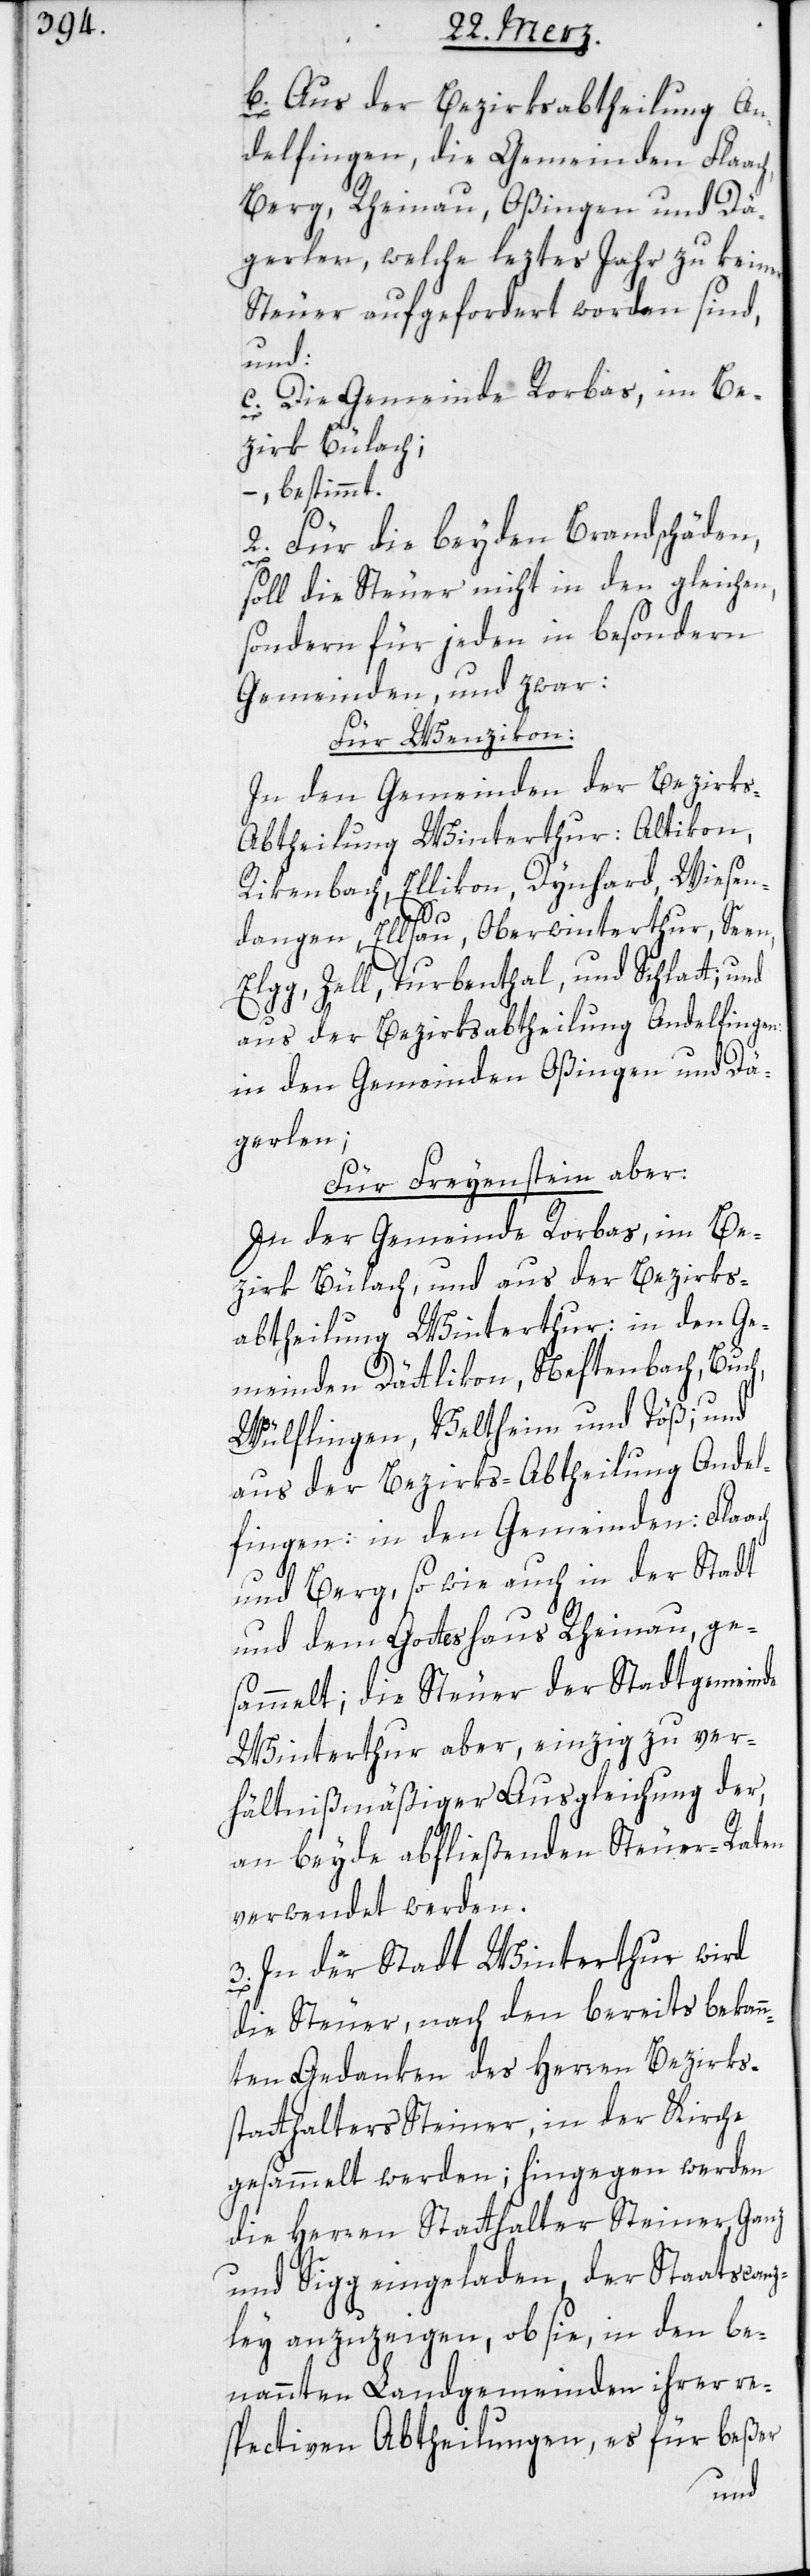
b) Aus der Bezirksabtheilung An¬
delfingen, die Gemeinden Flaach,
Berg, Rheinau, Oßingen und Dä¬
gerlen, welche leztes Jahr zu keiner
Steuer aufgefordert worden sind,
und:
c) Die Gemeinde Rorbas, im Be¬
zirk Bülach;
– bestimmt.
2. Für die beyden Brandschäden,
soll die Steuer nicht in den gleichen,
sondern für jeden in besondern
Gemeinden, und zwar:
Für Wenzikon:
In den Gemeinden der Bezirk¬
s-Abtheilung Winterthur: Altikon,
Rikenbach, Ellikon, Dynhard, Wiesen¬
ach
dangen, Ellsau, Oberwinterthur, Seen,
Elgg, Zell, Turbenthal, und Schlatt;
aus der Bezirksabtheilung Andelfingen:
in den Gemeinden Oßingen und Dä¬
gerlen;
Für Freyenstein: aber:
In den Gemeinden Rorbas, im Be¬
zirk Bülach; und aus der Bezirks¬
abtheilung Winterthur: in den Ge¬
meinden Dättlikon, Neftenbach, Buch,
Wülflingen, Veltheim und Töß; und
aus der Bezirks-Abtheilung Andel¬
fingen: in den Gemeinden: Fla¬
und Berg sowie auch in der Stadt
und dem Gotteshaus Rheinau, ge¬
sammelt; die Steuer der Stadtgemeinde
Winterthur aber, einzig zu ver¬
hältnismäßiger Ausgleichung der,
an beyde abfließenden Steuer-Raten
verwendet werden.
3. In der Stadt Winterthur wird
die Steuer, nach den bereits bekan¬
nten Gedanken des Herren Bezirks¬
statthalters Steiner, in der Kirche
gesammelt werden; hingegen werden
die Herren Statthalter Steiner, Ganz
und Sigg eingeladen, der Staatscanz¬
ley anzuzeigen, ob sie, in den be¬
nannten Landgemeinden ihrer re¬
spectiven Abtheilungen, es für beßer
und